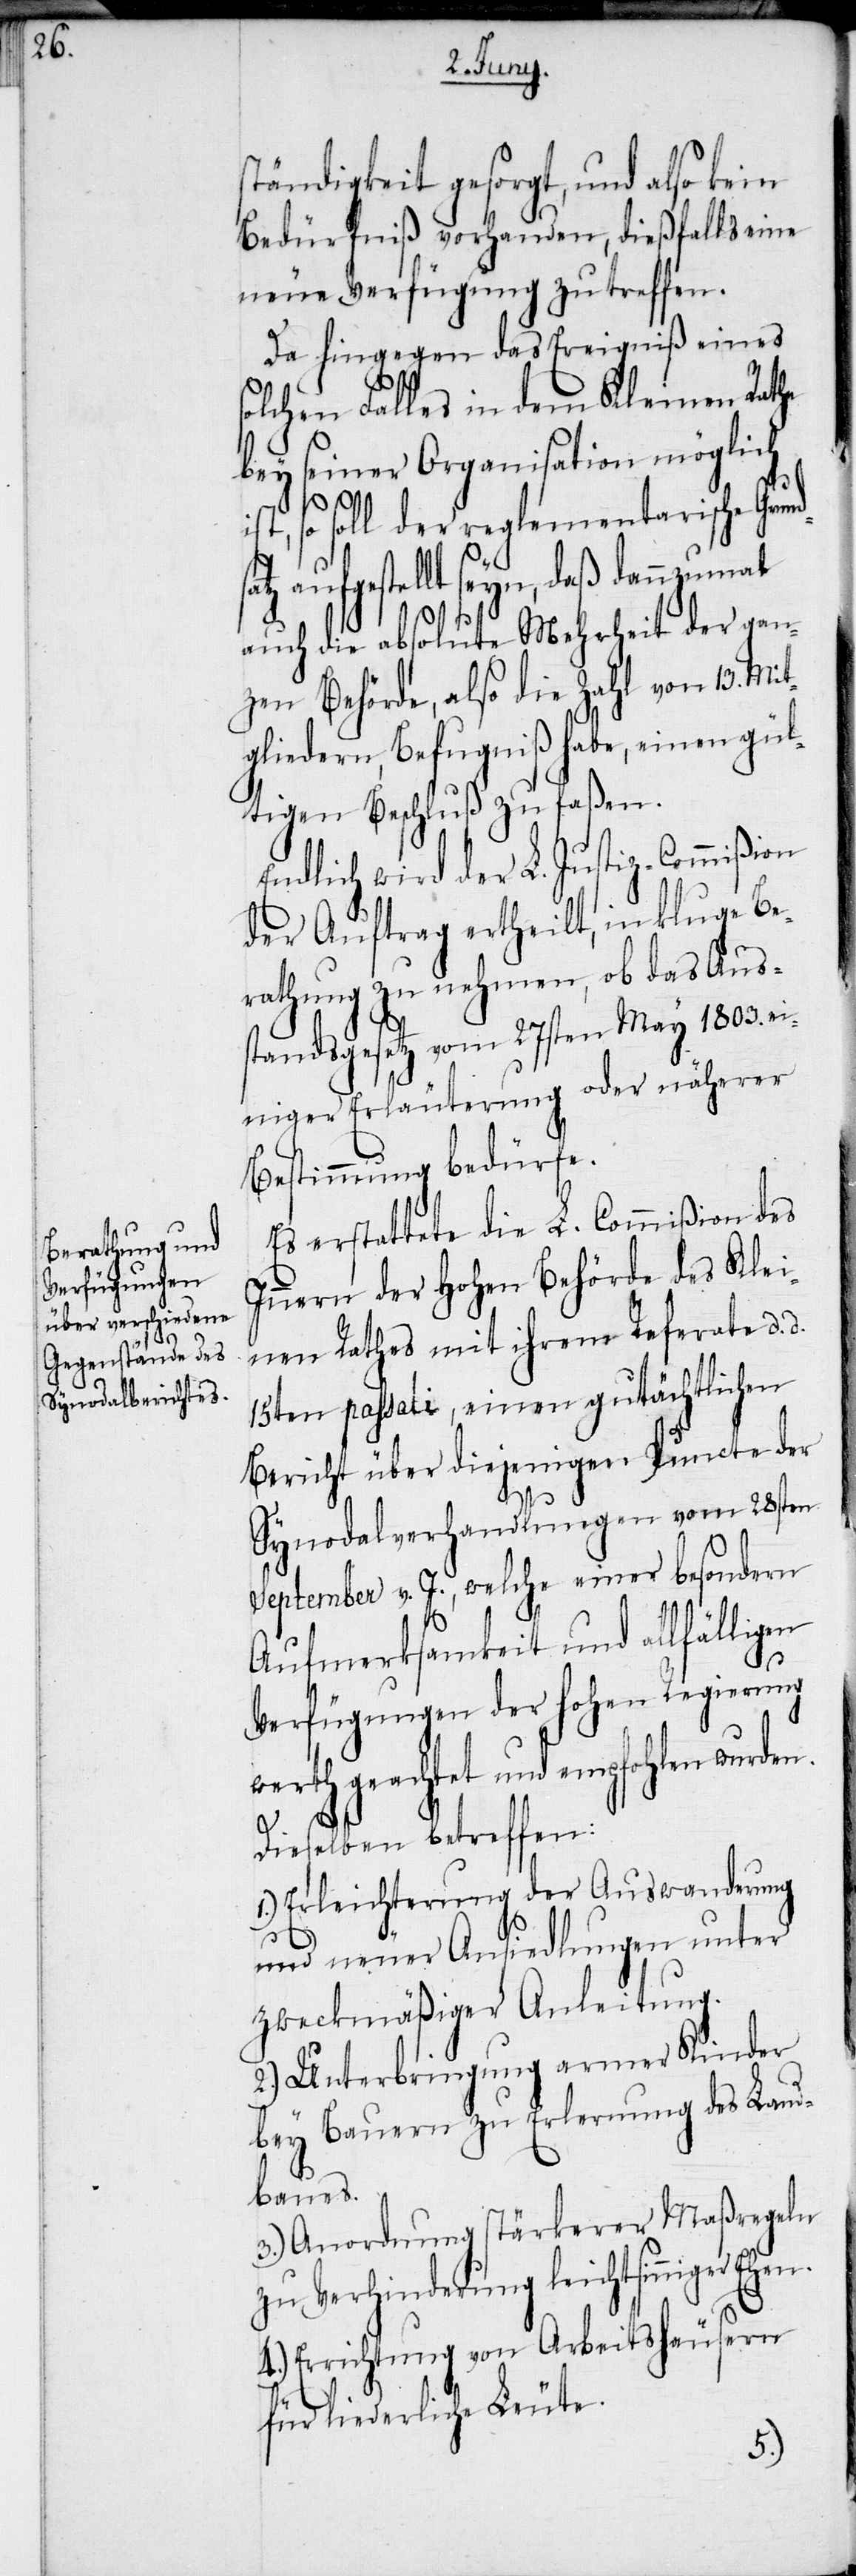
ständigkeit gesorgt, und also kein
Bedürfniß vorhanden, dießfalls eine
neue Verfügung zu treffen.
Da hingegen das Ereigniß eines
olchen Falles in dem Kleinen Rathe
bey seiner Organisation möglich
1.)
ist, so soll der reglementarische Grund¬
tz aufgestellt seyn, daß dannzumal
auch die absolute Mehrheit der gan¬
zen Behörde, also die Zahl von 13. Mit¬
gliedern, Befugniß habe, einen gül¬
tigen Beschluß zu faßen.
Endlich wird der L. Justiz-Commißion
der Auftrag ertheilt, in kluge Be¬
rathung zu nehmen, ob das Aus¬
standsgesetz vom 27sten May 1803. ei¬
niger Erläuterung oder näherer
Bestimmung bedürfe.
Es erstattete die L. Commißion des
Innern der Hohen Behörde des Klei¬
nen Rathes mit ihrem Referate d. d.
15ten passati, einen gutächtlichen
Bericht über diejenigen Puncte der
Synodalverhandlungen vom 28sten
September v. J., welche einer besondern
Aufmerksamkeit und allfälligen
Verfügungen der hohen Regierung
werth geachtet und empfohlen wurde¬
Dieselben betreffen:
Erleichterung der Auswanderung
und neuer Ansiedlungen unter
zweckmäßiger Anleitung.
2.) Unterbringung armer Kinder
bey Bauern zu Erlernung des Land¬
baues.
3.) Anordnung stärkerer Maßregeln
zu Verhinderung leichtsinniger Ehen.
4.) Errichtung von Arbeitshäusern
für liederliche Leute.